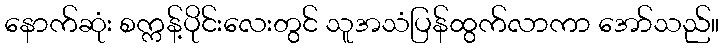
နောက်ဆုံး စက္ကန့်ပိုင်းလေးတွင် သူအသံပြန်ထွက်လာကာ အော်သည်။